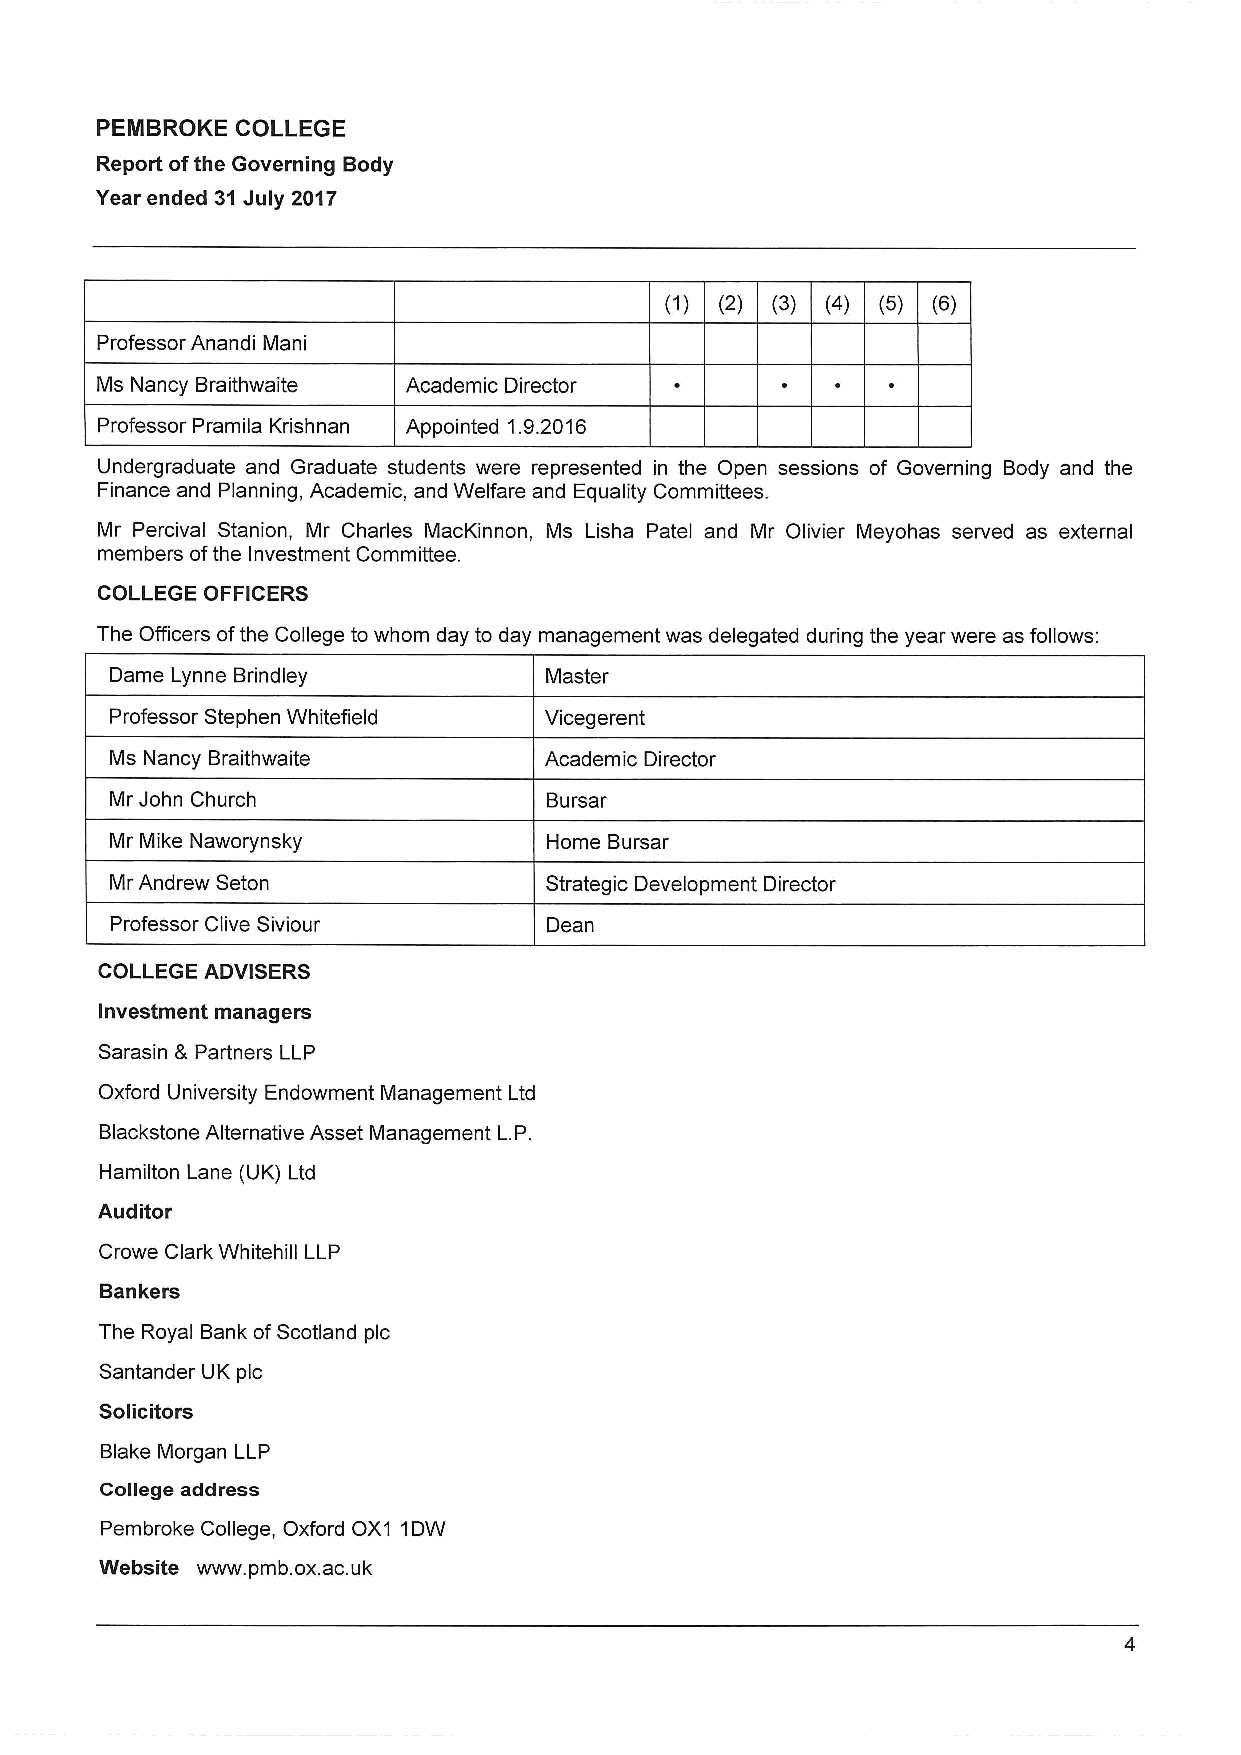
PENIBROKE COLLEGE
 Report ofthe Governing Body
 Year ended 31July 2017
 (2) (3) (4) (5) (6)
 Professor Anandi Mani
 Ms Nancy Braithwaite Academic Director
 Professor Pramila Krishnan Appointed 1.9.2016
 Undergraduate and Graduate students were represented in the Open sessions of Governing Body and the
 Finance and Planning, Academic, and Welfare and Equality Committees.
 Mr Percival Stanion, Mr Charles MacKinnon, Ms Lisha Patel and Mr Olivier Meyohas served as external
 members ofthe Investment Committee.
 COLLEGE OFFICERS
 The Officers ofthe College to whom day to day management was delegated during the year were as follows:
 Dame Lynne Brindley          Master
 Professor Stephen Whitefield Vicegerent
 Ms Nancy Braithwaite         Academic Director
 Mr John Church               Bursar
 Mr Mike Naworynsky           Home Bursar
 Mr Andrew Seton              Strategic Development Director
 Professor Clive Siviour      Dean
 COLLEGE ADVISERS
 Investment managers
 Sarasin 8 Partners LLP
 Oxford University Endowment Management Ltd
 Blackstone Alternative Asset Management L.P.
 Hamilton Lane (UK) Ltd
 Auditor
 Crowe Clark Whitehill LLP
 Bankers
 The Royal Bank ofScotland pic
 Santander UK pic
 Solicitors
 Blake Morgan LLP
 College address
 Pembroke College, Oxford OX1 1DW
 Website www. pmb. ox.ac.uk